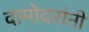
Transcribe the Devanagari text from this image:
दामोदरांनी